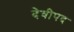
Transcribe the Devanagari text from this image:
देवीपद